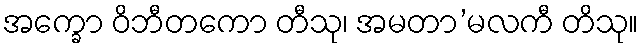
အက္ခော ဝိဘီတကော တီသု၊ အမတာ’မလကီ တိသု။